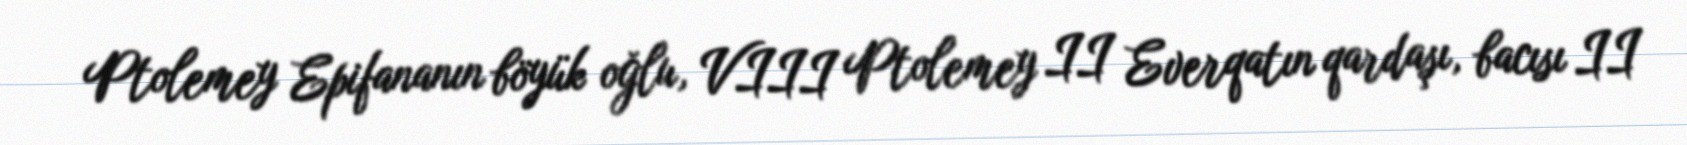
Ptolemey Epifananın böyük oğlu, VIII Ptolemey II Everqatın qardaşı, bacısı II